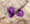
هو